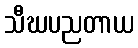
သီဃပညတာယ